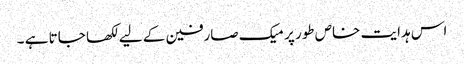
اس ہدایت خاص طور پر میک صارفین کے لیے لکھا جاتا ہے ۔